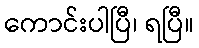
ကောင်းပါပြီ၊ ရပြီ။